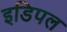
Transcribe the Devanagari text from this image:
इडिपल